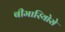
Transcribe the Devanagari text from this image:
बीमारियोसे